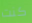
كنت